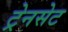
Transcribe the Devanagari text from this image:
ट्रेनसेट